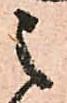
之